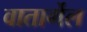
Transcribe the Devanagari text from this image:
वातार्गेल